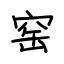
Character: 窑